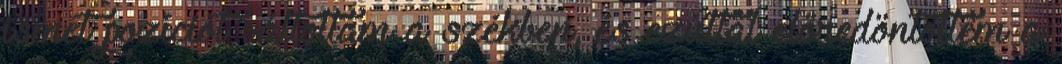
ismét pozíciót váltottam a székben, és ezúttal előredöntöttem a